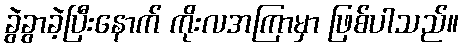
ခွဲခွာခဲ့ပြီးနောက် ကိုးလအကြာမှာ ဖြစ်ပါသည်။